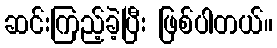
ဆင်းကြည့်ခဲ့ပြီး ဖြစ်ပါတယ်။